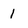
Character: 1